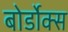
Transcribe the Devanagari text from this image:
बोर्डोक्स